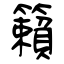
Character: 籟